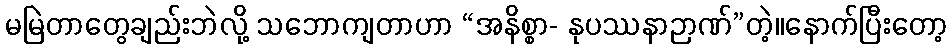
မမြဲတာတွေချည်းဘဲလို့ သဘောကျတာဟာ “အနိစ္စာ- နုပဿနာဉာဏ်”တဲ့။နောက်ပြီးတော့